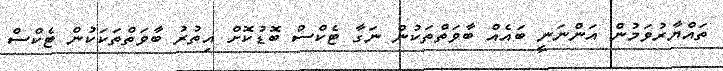
ތައްޔާރުވަމުން އަންނަނީ ބައެއް ބާވަތްތަކުން ނަގާ ޓެކްސް ބޮޑުކޮށް އިތުރު ބާވަތްތަކަކުން ޓެކްސް